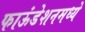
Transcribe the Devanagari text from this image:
फाऊंडेशनमध्ये